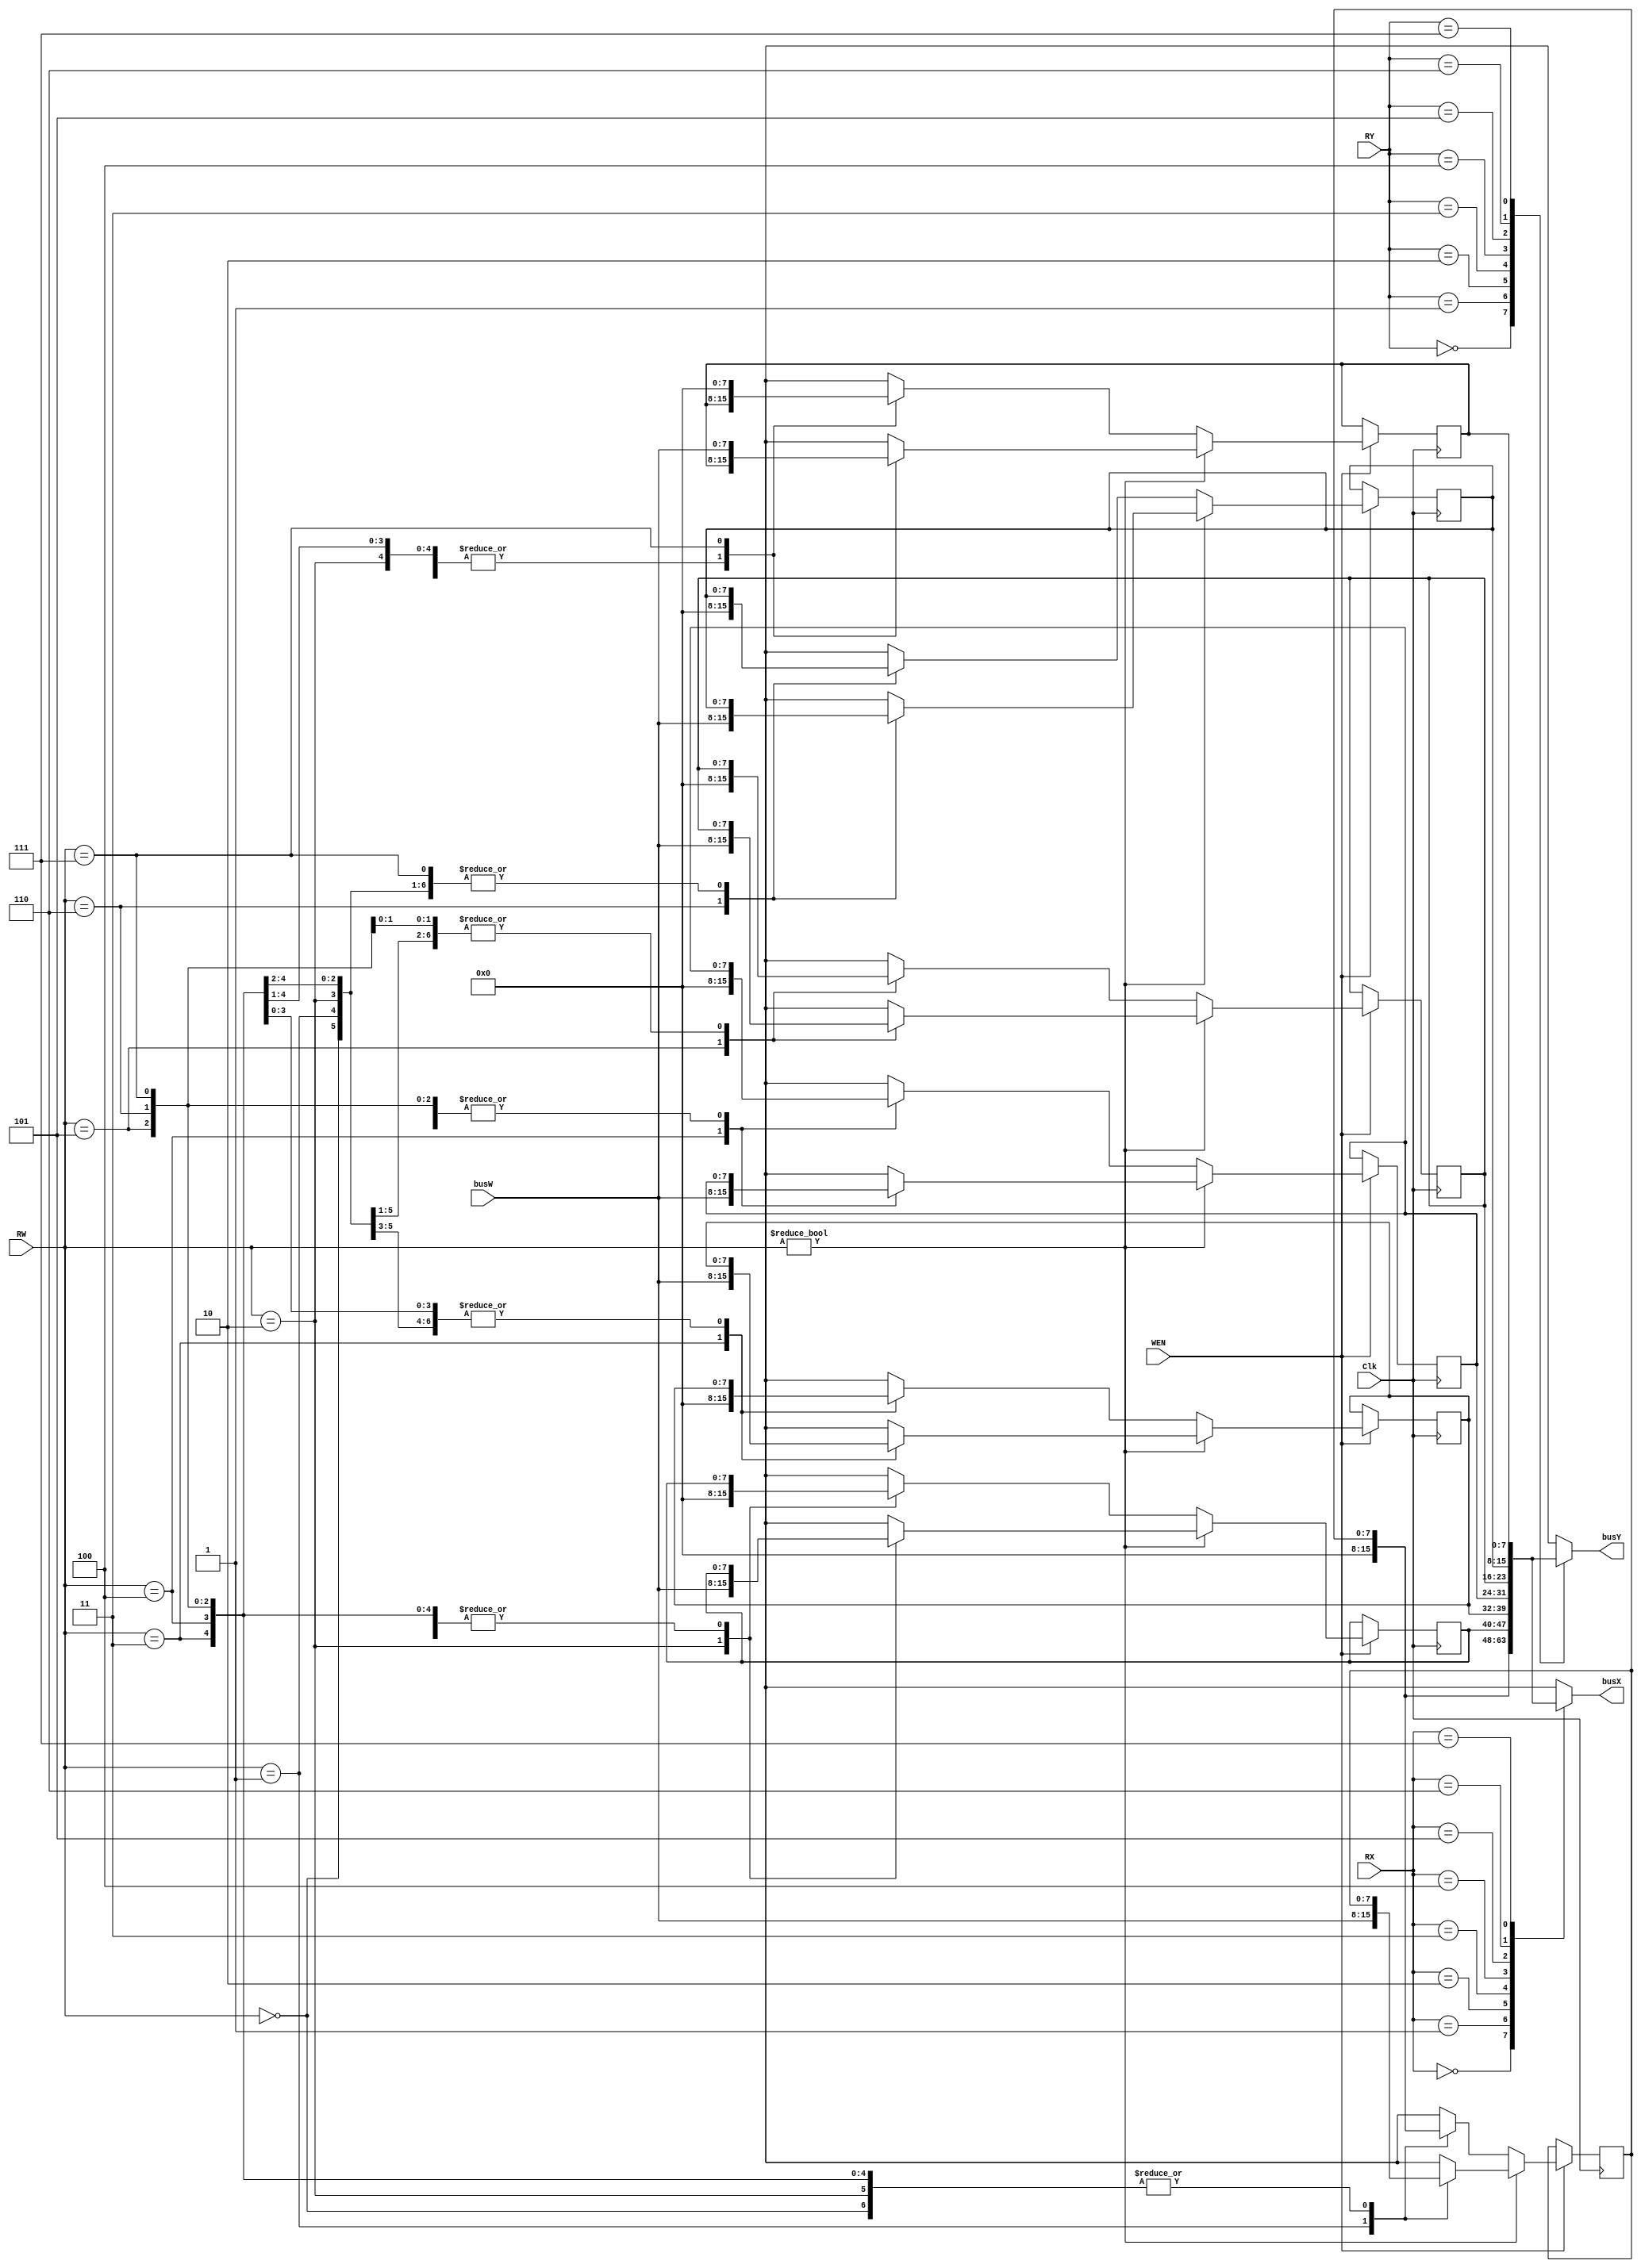
module register_file(
    Clk  ,
    WEN  ,
    RW   ,
    busW ,
    RX   ,
    RY   ,
    busX ,
    busY
);
    input        Clk, WEN;
    input  [2:0] RW, RX, RY;
    input  [7:0] busW;
    output [7:0] busX, busY;
    
    // write your design here
    reg [7:0] register[7:0];
    
    // write operation
    // $r0 = constant zero ,don't care write operation
    //write synchronusly on pos edge of Clk
    always@(posedge Clk) begin
	if(WEN == 1'b1) begin
	    if(RW != 3'b0)
		register[RW] = busW;
	    else
		register[RW] = 8'b0;
	end
    end
    //read operation
    //read asynchronously (trigger upon RX RY)
    reg [7:0]BusX,BusY;
    assign busX = BusX;
    assign busY = BusY;    
    always@(*) begin
	register[0] = 8'b0;
	BusX <= register[RX];
	BusY <= register[RY];
    end    
endmodule